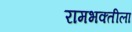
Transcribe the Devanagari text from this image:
रामभक्तीला